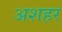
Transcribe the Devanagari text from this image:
अशहर